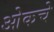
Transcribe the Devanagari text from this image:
ओकचे